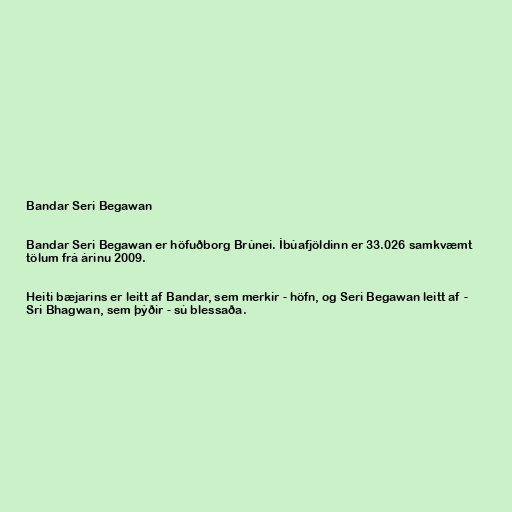
Bandar Seri Begawan

Bandar Seri Begawan er höfuðborg Brúnei. Íbúafjöldinn er 33.026 samkvæmt
tölum frá árinu 2009.

Heiti bæjarins er leitt af Bandar, sem merkir - höfn, og Seri Begawan leitt af -
Sri Bhagwan, sem þýðir - sú blessaða.